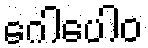
ဂေါပေါဝ